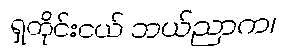
ရှတိုင်းငယ် ဘယ်ညာက၊